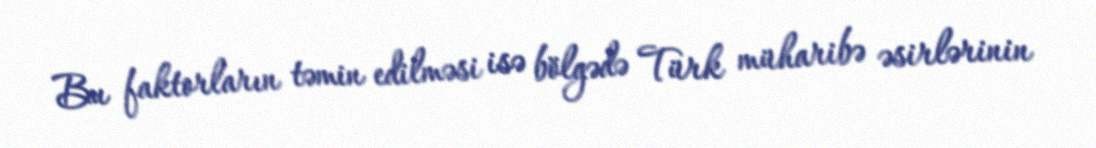
Bu faktorların təmin edilməsi isə bölgədə Türk müharibə əsirlərinin